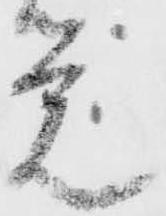
覚